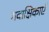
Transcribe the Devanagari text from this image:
गवाक्षिकाएँ